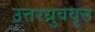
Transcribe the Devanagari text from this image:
उत्तरध्रुववृत्त